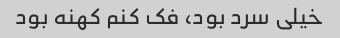
خیلی سرد بود، فک کنم کهنه بود